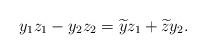
LaTeX: \begin{align*}y_{1}z_{1}-y_{2}z_{2}=\widetilde{y}z_{1}+\widetilde{z}y_{2}. \end{align*}